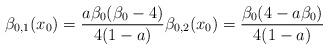
LaTeX: \begin{align*}\beta_{0,1} (x_0) = \frac{a \beta_0 (\beta_0 - 4)}{4(1-a)} \beta_{0,2} (x_0) = \frac{\beta_0 (4 - a \beta_0)}{4(1-a)}\end{align*}